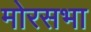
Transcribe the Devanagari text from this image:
मोरसभा